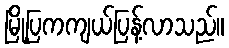
မြို့ပြကကျယ်ပြန့်လာသည်။